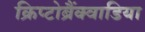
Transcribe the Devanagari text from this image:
क्रिप्टोब्रैंक्वाडिया